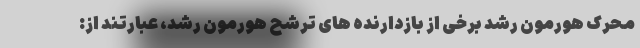
محرک هورمون رشد برخی از بازدارنده های ترشح هورمون رشد، عبارتند از: